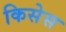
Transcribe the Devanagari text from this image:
किसेस